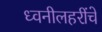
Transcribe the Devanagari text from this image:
ध्वनीलहरींचे